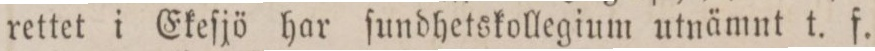
rettet i Ekeſjö har ſundhetskollegium utnämnt t. f.